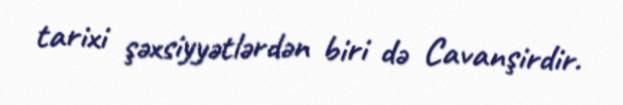
tarixi şəxsiyyətlərdən biri də Cavanşirdir.